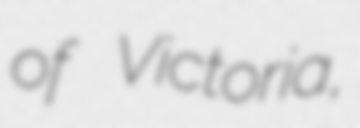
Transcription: of Victoria,